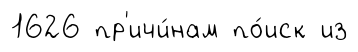
1626 пр'ичи́нам по́иск из